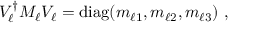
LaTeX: V _ { \ell } ^ { \dagger } M _ { \ell } V _ { \ell } = \mathrm { d i a g } ( m _ { \ell 1 } , m _ { \ell 2 } , m _ { \ell 3 } ) \ ,